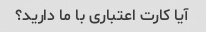
آیا کارت اعتباری با ما دارید؟